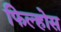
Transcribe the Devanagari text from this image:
फिल्होस